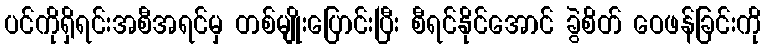
ပင်ကိုရှိရင်းအစီအရင်မှ တစ်မျိုးပြောင်းပြီး စီရင်နိုင်အောင် ခွဲစိတ် ဝေဖန်ခြင်းကို